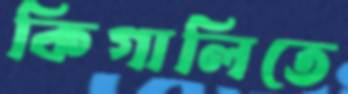
কিগালিতে